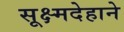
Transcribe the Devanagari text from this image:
सूक्ष्मदेहाने